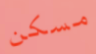
مسكن